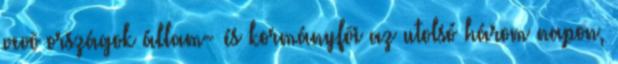
vevõ országok állam- és kormányfõi az utolsó három napon,